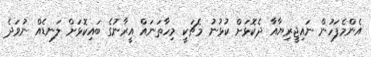
އެންމެފަހުން ނައިޖީރިޔާއާ ދެކޮޅަށް ކުޅުނު މެޗަކީ މިހާތަނައް އީރާނުގެ ބައިކޮޅަށް ލަނޑެއް ނުވަދެ